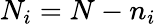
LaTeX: N_{i}=N-n_{i}